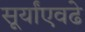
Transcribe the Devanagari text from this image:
सूर्यांएवढे